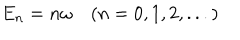
LaTeX: E _ { n } = n \omega ~ ( n = 0 , 1 , 2 , . . . )